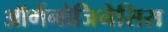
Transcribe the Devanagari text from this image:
ऑर्गेनोजिनेसिस